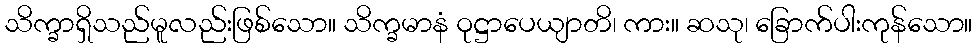
သိက္ခာရှိသည်မူလည်းဖြစ်သော။ သိက္ခမာနံ ဝုဋ္ဌာပေယျာတိ၊ ကား။ ဆသု၊ ခြောက်ပါးကုန်သော။